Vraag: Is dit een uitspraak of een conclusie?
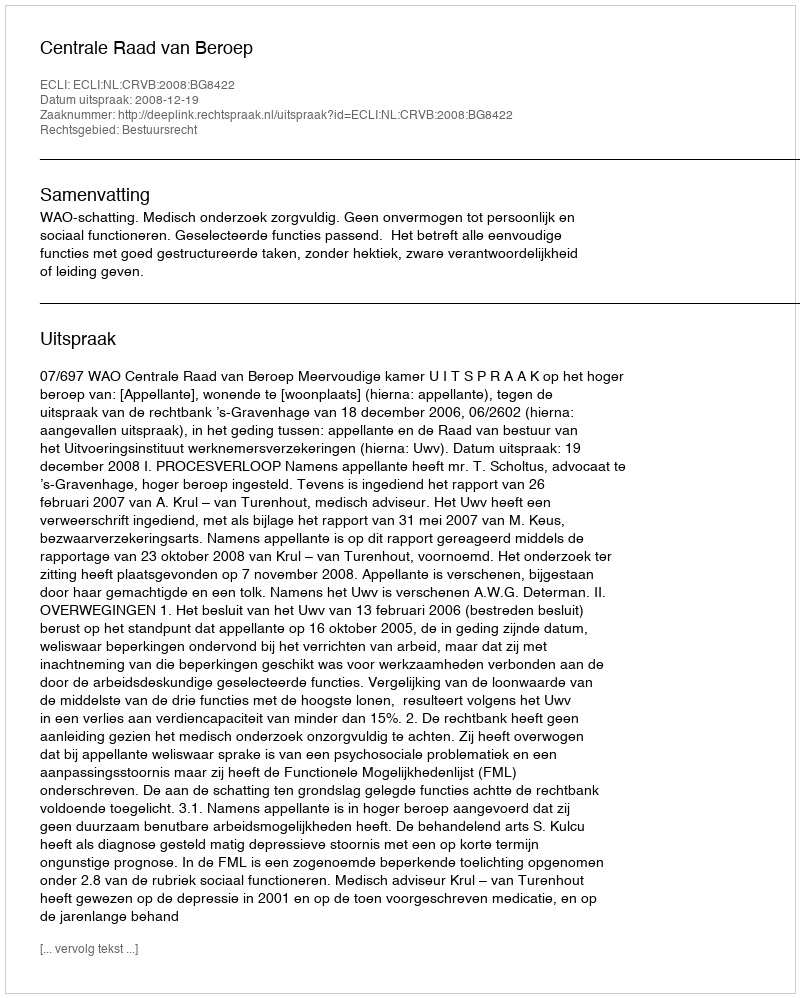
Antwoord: Uitspraak